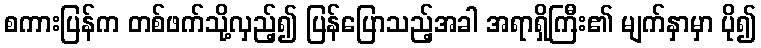
စကားပြန်က တစ်ဖက်သို့လှည့်၍ ပြန်ပြောသည့်အခါ အရာရှိကြီး၏ မျက်နှာမှာ ပို၍